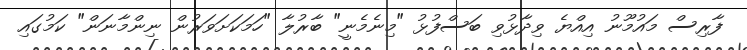
ފާރިސް މައުމޫނު އިއްޔެ ވިދާޅުވި ބަސްފުޅު "މިނެމެނީ" ބާރުލާ "ހަމަކަށަވަރުން ނިންމާނަން" ކަމުގައި